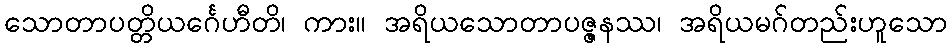
သောတာပတ္တိယင်္ဂေဟီတိ၊ ကား။ အရိယသောတာပဇ္ဇနဿ၊ အရိယမဂ်တည်းဟူသော